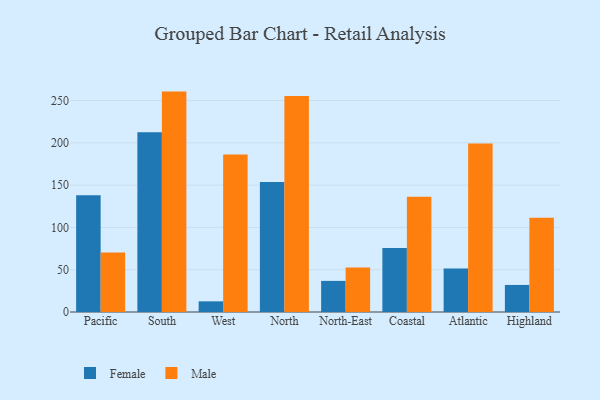
{"axis": {"x": "Region", "y": "Active Users"}, "legend": ["Female", "Male"], "data": [{"x": "Pacific", "y": 138.1, "type": "Female"}, {"x": "Pacific", "y": 70.4, "type": "Male"}, {"x": "South", "y": 212.5, "type": "Female"}, {"x": "South", "y": 260.6, "type": "Male"}, {"x": "West", "y": 12.6, "type": "Female"}, {"x": "West", "y": 186.2, "type": "Male"}, {"x": "North", "y": 153.7, "type": "Female"}, {"x": "North", "y": 255.5, "type": "Male"}, {"x": "North-East", "y": 36.8, "type": "Female"}, {"x": "North-East", "y": 52.6, "type": "Male"}, {"x": "Coastal", "y": 75.7, "type": "Female"}, {"x": "Coastal", "y": 136.4, "type": "Male"}, {"x": "Atlantic", "y": 51.5, "type": "Female"}, {"x": "Atlantic", "y": 199.3, "type": "Male"}, {"x": "Highland", "y": 32.0, "type": "Female"}, {"x": "Highland", "y": 111.5, "type": "Male"}]}